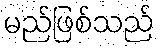
မည်ဖြစ်သည်